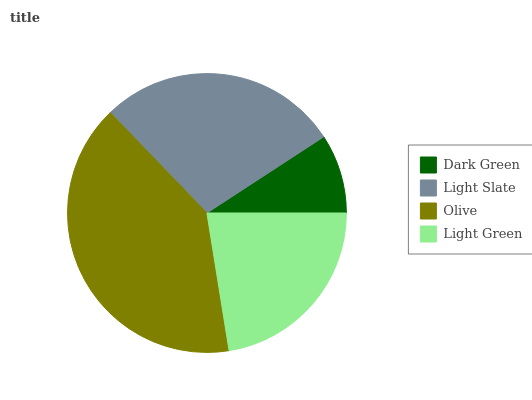
| Dark Green | Light Slate | Olive | Light Green |
 | --- | --- | --- | --- |
 | 9.21% | 28% | 40.3% | 22.5% |